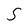
Character: S